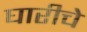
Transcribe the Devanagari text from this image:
घारीचे